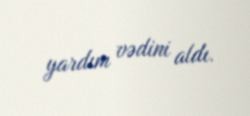
yardım vədini aldı.